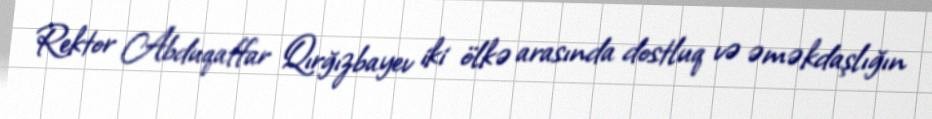
Rektor Abduqaffar Qırğızbayev iki ölkə arasında dostluq və əməkdaşlığın